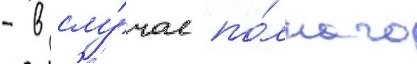
- в слу́чае по́лного